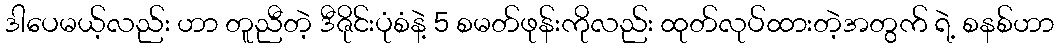
ဒါပေမယ့်လည်း ဟာ တူညီတဲ့ ဒီဇိုင်းပုံစံနဲ့ 5 စမတ်ဖုန်းကိုလည်း ထုတ်လုပ်ထားတဲ့အတွက် ရဲ့ စနစ်ဟာ